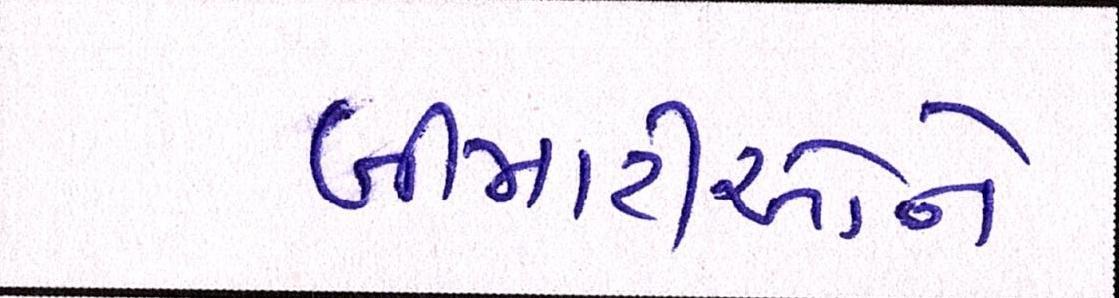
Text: બીમારીઓને